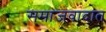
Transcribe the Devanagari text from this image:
समाजवादात